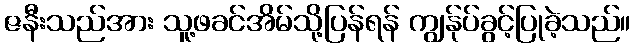
ဇနီးသည်အား သူ့ဖခင်အိမ်သို့ပြန်ရန် ကျွန်ုပ်ခွင့်ပြုခဲ့သည်။